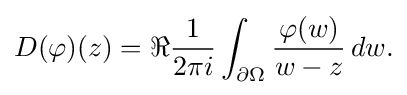
\displaystyle {D(\varphi )(z)=\Re {1 \over 2\pi i}\int _{\partial \Omega }{\varphi (w) \over w-z}\,dw.}